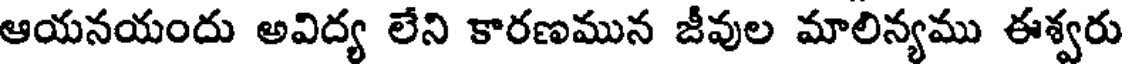
ఆయనయందు అవిద్య లేని కారణమున జీవుల మాలిన్యము ఈశ్వరు